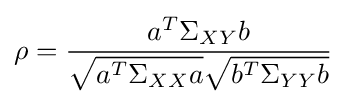
\rho ={\frac {a^{T}\Sigma _{XY}b}{{\sqrt {a^{T}\Sigma _{XX}a}}{\sqrt {b^{T}\Sigma _{YY}b}}}}